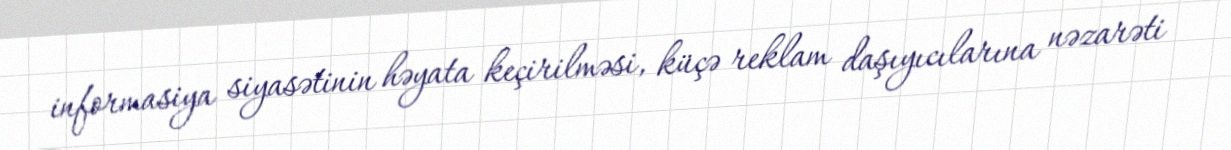
informasiya siyasətinin həyata keçirilməsi, küçə reklam daşıyıcılarına nəzarəti